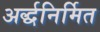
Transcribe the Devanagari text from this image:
अर्द्धनिर्मित